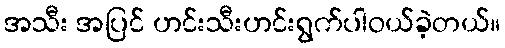
အသီး အပြင် ဟင်းသီးဟင်းရွက်ပါဝယ်ခဲ့တယ်။